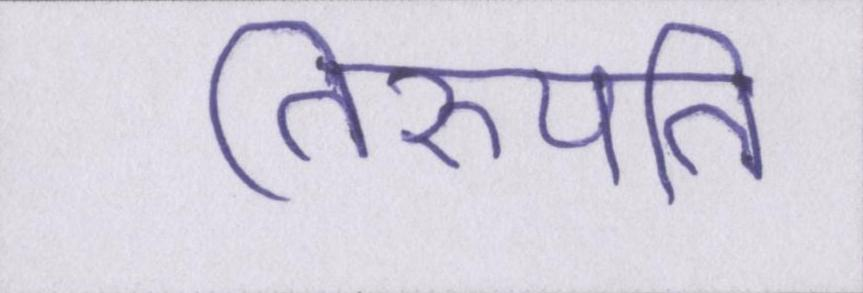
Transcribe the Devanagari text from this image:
तिरुपति